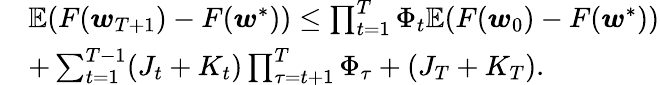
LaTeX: \begin{array}{rl}&{\mathbb{E}(F(\boldsymbol{w}_{T+1})-F(\boldsymbol{w}^{*}))\le\prod_{t=1}^{T}\Phi_{t}\mathbb{E}(F(\boldsymbol{w}_{0})-F(\boldsymbol{w}^{*}))}\\ &{+\sum_{t=1}^{T-1}(J_{t}+K_{t})\prod_{\tau=t+1}^{T}\Phi_{\tau}+(J_{T}+K_{T}).}\end{array}